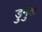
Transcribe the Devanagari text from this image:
डुमुक